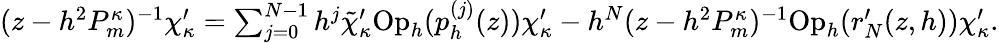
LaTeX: \begin{array}{r}{(z-h^{2}P_{m}^{\kappa})^{-1}\chi_{\kappa}^{\prime}=\sum_{j=0}^{N-1}h^{j}\tilde{\chi}_{\kappa}^{\prime}\mathrm{Op}_{h}(p_{h}^{(j)}(z))\chi_{\kappa}^{\prime}-h^{N}(z-h^{2}P_{m}^{\kappa})^{-1}\mathrm{Op}_{h}(r_{N}^{\prime}(z,h))\chi_{\kappa}^{\prime}.}\end{array}